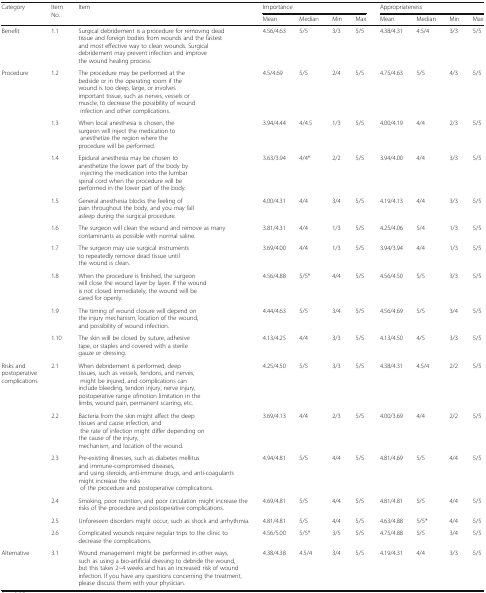
<table><thead><tr><td rowspan="2"><b>Category</b></td><td rowspan="2"><b>Item No.</b></td><td rowspan="2"><b>Item</b></td><td colspan="4"><b>Importance</b></td><td colspan="4"><b>Appropriateness</b></td></tr><tr><td><b>Mean</b></td><td><b>Median</b></td><td><b>Min</b></td><td><b>Max</b></td><td><b>Mean</b></td><td><b>Median</b></td><td><b>Min</b></td><td><b>Max</b></td></tr></thead><tbody><tr><td>Benefit</td><td>1.1</td><td>Surgical debridement is a procedure for removing dead tissue and foreign bodies from wounds and the fastest and most effective way to clean wounds. Surgical debridement may prevent infection and improve the wound healing process.</td><td>4.56/4.63</td><td>5/5</td><td>3/3</td><td>5/5</td><td>4.38/4.31</td><td>4.5/4</td><td>3/3</td><td>5/5</td></tr><tr><td>Procedure</td><td>1.2</td><td>The procedure may be performed at the bedside or in the operating room if the wound is too deep, large, or involves important tissue, such as nerves, vessels or muscle, to decrease the possibility of wound infection and other complications.</td><td>4.5/4.69</td><td>5/5</td><td>2/4</td><td>5/5</td><td>4.75/4.63</td><td>5/5</td><td>4/3</td><td>5/5</td></tr><tr><td></td><td>1.3</td><td>When local anesthesia is chosen, the surgeon will inject the medication to anesthetize the region where the procedure will be performed.</td><td>3.94/4.44</td><td>4/4.5</td><td>1/3</td><td>5/5</td><td>4.00/4.19</td><td>4/4</td><td>2/3</td><td>5/5</td></tr><tr><td></td><td>1.4</td><td>Epidural anesthesia may be chosen to anesthetize the lower part of the body by injecting the medication into the lumbar spinal cord when the procedure will be performed in the lower part of the body.</td><td>3.63/3.94</td><td>4/4*</td><td>2/2</td><td>5/5</td><td>3.94/4.00</td><td>4/4</td><td>3/3</td><td>5/5</td></tr><tr><td></td><td>1.5</td><td>General anesthesia blocks the feeling of pain throughout the body, and you may fall asleep during the surgical procedure.</td><td>4.00/4.31</td><td>4/4</td><td>3/4</td><td>5/5</td><td>4.19/4.13</td><td>4/4</td><td>3/3</td><td>5/5</td></tr><tr><td></td><td>1.6</td><td>The surgeon will clean the wound and remove as many contaminants as possible with normal saline.</td><td>3.81/4.31</td><td>4/4</td><td>1/3</td><td>5/5</td><td>4.25/4.06</td><td>5/4</td><td>1/3</td><td>5/5</td></tr><tr><td></td><td>1.7</td><td>The surgeon may use surgical instruments to repeatedly remove dead tissue until the wound is clean.</td><td>3.69/4.00</td><td>4/4</td><td>1/3</td><td>5/5</td><td>3.94/3.94</td><td>4/4</td><td>1/3</td><td>5/5</td></tr><tr><td></td><td>1.8</td><td>When the procedure is finished, the surgeon will close the wound layer by layer. If the wound is not closed immediately, the wound will be cared for openly.</td><td>4.56/4.88</td><td>5/5*</td><td>4/4</td><td>5/5</td><td>4.56/4.50</td><td>5/5</td><td>3/3</td><td>5/5</td></tr><tr><td></td><td>1.9</td><td>The timing of wound closure will depend on the injury mechanism, location of the wound, and possibility of wound infection.</td><td>4.44/4.63</td><td>5/5</td><td>3/4</td><td>5/5</td><td>4.56/4.69</td><td>5/5</td><td>3/4</td><td>5/5</td></tr><tr><td></td><td>1.10</td><td>The skin will be closed by suture, adhesive tape, or staples and covered with a sterile gauze or dressing.</td><td>4.13/4.25</td><td>4/4</td><td>3/3</td><td>5/5</td><td>4.13/4.50</td><td>4/5</td><td>3/3</td><td>5/5</td></tr><tr><td>Risks and postoperative complications</td><td>2.1</td><td>When debridement is performed, deep tissues, such as vessels, tendons, and nerves, might be injured, and complications can include bleeding, tendon injury, nerve injury, postoperative range ofmotion limitation in the limbs, wound pain, permanent scarring, etc.</td><td>4.25/4.50</td><td>5/5</td><td>3/3</td><td>5/5</td><td>4.38/4.31</td><td>4.5/4</td><td>2/2</td><td>5/5</td></tr><tr><td></td><td>2.2</td><td>Bacteria from the skin might affect the deep tissues and cause infection, and the rate of infection might differ depending on the cause of the injury, mechanism, and location of the wound.</td><td>3.69/4.13</td><td>4/4</td><td>2/3</td><td>5/5</td><td>4.00/3.69</td><td>4/4</td><td>2/2</td><td>5/5</td></tr><tr><td></td><td>2.3</td><td>Pre-existing illnesses, such as diabetes mellitus and immune-compromised diseases, and using steroids, anti-immune drugs, and anti-coagulants might increase the risks of the procedure and postoperative complications.</td><td>4.94/4.81</td><td>5/5</td><td>4/4</td><td>5/5</td><td>4.81/4.69</td><td>5/5</td><td>4/4</td><td>5/5</td></tr><tr><td></td><td>2.4</td><td>Smoking, poor nutrition, and poor circulation might increase the risks of the procedure and postoperative complications.</td><td>4.69/4.81</td><td>5/5</td><td>4/4</td><td>5/5</td><td>4.81/4.81</td><td>5/5</td><td>4/4</td><td>5/5</td></tr><tr><td></td><td>2.5</td><td>Unforeseen disorders might occur, such as shock and arrhythmia.</td><td>4.81/4.81</td><td>5/5</td><td>4/4</td><td>5/5</td><td>4.63/4.88</td><td>5/5*</td><td>4/4</td><td>5/5</td></tr><tr><td></td><td>2.6</td><td>Complicated wounds require regular trips to the clinic to decrease the complications.</td><td>4.56/5.00</td><td>5/5*</td><td>3/5</td><td>5/5</td><td>4.75/4.88</td><td>5/5</td><td>3/4</td><td>5/5</td></tr><tr><td>Alternative</td><td>3.1</td><td>Wound management might be performed in other ways, such as using a bio-artificial dressing to debride the wound, but this takes 2~4 weeks and has an increased risk of wound infection. If you have any questions concerning the treatment, please discuss them with your physician.</td><td>4.38/4.38</td><td>4.5/4</td><td>3/4</td><td>5/5</td><td>4.19/4.31</td><td>4/4</td><td>3/3</td><td>5/5</td></tr></tbody></table>